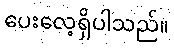
ပေးလေ့ရှိပါသည်။